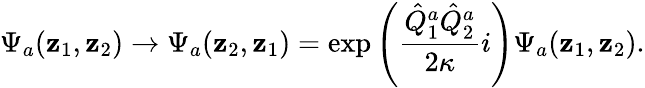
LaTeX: \Psi_{a}(\mathbf{z}_{1},\mathbf{z}_{2})\rightarrow\Psi_{a}(\mathbf{z}_{2},\mathbf{z}_{1})=\exp\left(\frac{{\hat{{Q}}_{1}^{a}\hat{{Q}}_{2}^{a}}}{{2\kappa}}i\right)\Psi_{a}(\mathbf{z}_{1},\mathbf{z}_{2}).